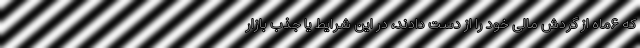
که ۶ماه از گردش مالی خود را از دست دادند، در این شرایط یا جذب بازار